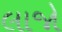
લાજો